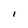
Character: I